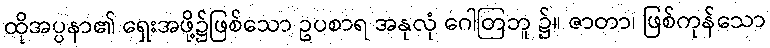
ထိုအပ္ပနာ၏ ရှေးအဖို့၌ဖြစ်သော ဥပစာရ အနုလုံ ဂေါတြဘူ ၌။ ဇာတာ၊ ဖြစ်ကုန်သော